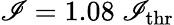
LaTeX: \mathscr{I}=1.08~\mathscr{I}_{\mathrm{{thr}}}